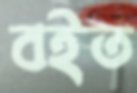
বইত